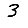
Digit: 3